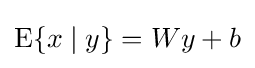
\operatorname {E} \{x\mid y\}=Wy+b